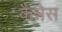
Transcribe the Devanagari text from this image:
कैन्नेस